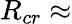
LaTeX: R_{cr}\approx